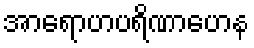
အာရောဟပရိဏာဟေန